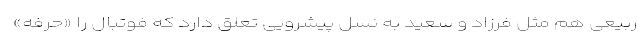
ربیعی هم مثل فرزاد و سعید به نسل پیشرویی تعلق دارد که فوتبال را «حرفه»